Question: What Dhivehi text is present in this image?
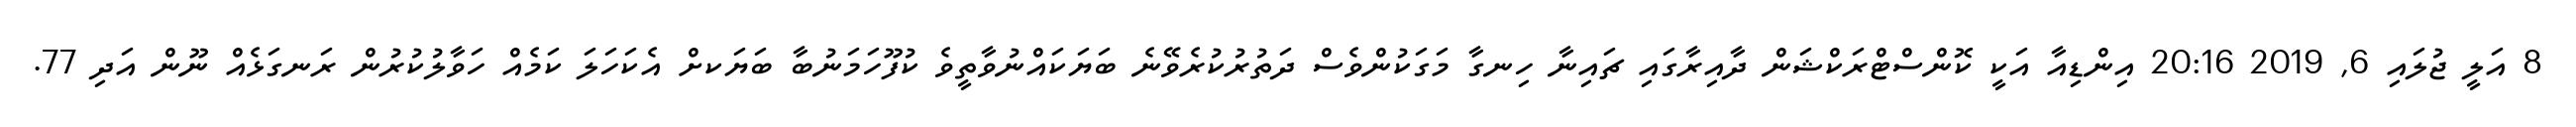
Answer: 8 އަލީ ޖުލައި 6, 2019 20:16 އިންޑިއާ އަކީ ކޮންސްޓްރަކްޝަން ދާއިރާގައި ޗައިނާ ހިނގާ މަގަކުންވެސް ދަތުރުކުރެވޭނެ ބަޔަކައްނުވާތީވެ ކުފޫހަމަނުބާ ބަޔަކށް އެކަހަލަ ކަމެއް ހަވާލުކުރުން ރަނގަޅެއް ނޫން އަދި 77.